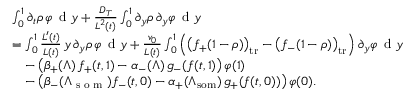
\begin{array} { r l } & { \int _ { 0 } ^ { 1 } \partial _ { t } \rho \, \varphi \, \textup { d } y + \frac { D _ { T } } { L ^ { 2 } ( t ) } \int _ { 0 } ^ { 1 } \partial _ { y } \rho \, \partial _ { y } \varphi \, \textup { d } y } \\ & { = \int _ { 0 } ^ { 1 } \frac { L ^ { \prime } ( t ) } { L ( t ) } \, y \, \partial _ { y } \rho \, \varphi \, \textup { d } y + \frac { v _ { 0 } } { L ( t ) } \int _ { 0 } ^ { 1 } \left( \bigl ( f _ { + } ( 1 - \rho ) \bigr ) _ { \mathrm { t r } } - \bigl ( f _ { - } ( 1 - \rho ) \bigr ) _ { \mathrm { t r } } \right) \partial _ { y } \varphi \, \textup { d } y } \\ & { \quad - \left( \beta _ { + } ( \Lambda ) \, f _ { + } ( t , 1 ) - \alpha _ { - } ( \Lambda ) \, g _ { - } ( \boldsymbol { f } ( t , 1 ) \right) \varphi ( 1 ) } \\ & { \quad - \left( \beta _ { - } ( \Lambda _ { \textup { s o m } } ) f _ { - } ( t , 0 ) - \alpha _ { + } ( \Lambda _ { \mathrm { s o m } } ) \, g _ { + } ( \boldsymbol { f } ( t , 0 ) ) \right) \varphi ( 0 ) . } \end{array}